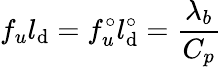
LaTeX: f_{u}l_{\mathrm{d}}=f_{u}^{\circ}l_{\mathrm{d}}^{\circ}=\frac{{\lambda_{b}}}{{C_{p}}}